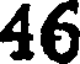
46